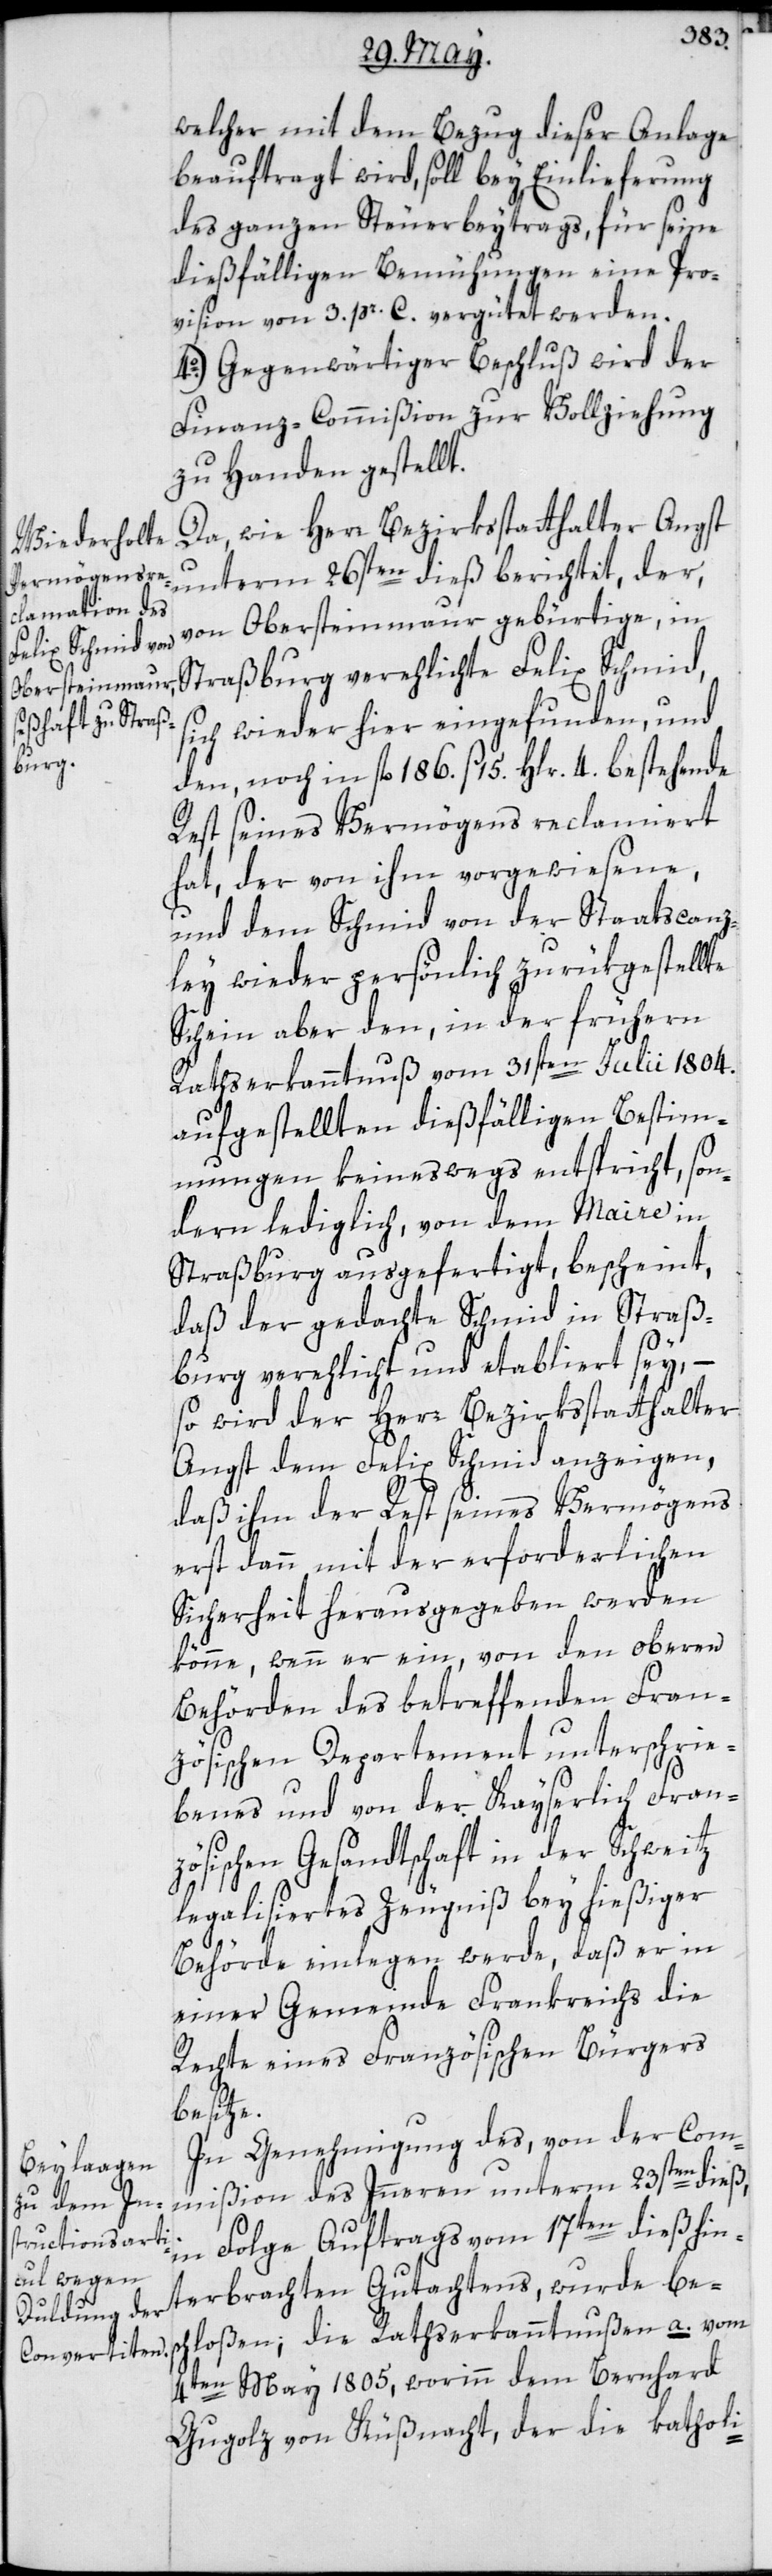
welcher mit dem Bezug dieser Anlage
beauftragt wird, soll bey Einlieferung
des ganzen Steuerbeytrags, für seine
dießfälligen Bemühungen eine Pro¬
vision von 3. pr. C. vergütet werden.
4o.) Gegenwärtiger Beschluß wird der
Finanz-Commißion zur Vollziehung
zu Handen gestellt.
Da, wie Herr Bezirksstatthalter Angst
unterm 26sten dieß berichtet, der,
von Obersteinmaur gebürtige, in
Straßburg verehelichte Felix Schmid,
sich wieder hier eingefunden, und
den, noch in fl. 186. ß 15. Hlr. 4. bestehende
Rest seines Vermögens reclamiert
hat, der von ihm vorgewiesene,
und dem Schmid von der Staatscanz¬
ley wieder persönlich zurükgestellte
Schein aber den, in der frühern
Rathserkanntnuß vom 31sten Julii 1804.
aufgestellten dießfälligen Bestimm¬
ungen keineswegs entspricht, son¬
dern lediglich von dem Maire in
Straßburg ausgefertigt, bescheint,
daß der gedachte Schmid in Straß¬
burg verehelicht und etabliert sey,
so wird der Herr Bezirksstatthalter
Angst dem Felix Schmid anzeigen,
daß ihm der Rest seines Vermögens
erst dann, mit der erforderlichen
Sicherheit herausgegeben werden
könne, wenn er ein, von den oberen
Behörden des betreffenden Fran¬
zösischen Departement unterschrie¬
benes und von der Kayserlich Fran¬
zösischen Gesandtschaft in der Schweitz
legalisiertes Zeugniß bey hießiger
Behörde einlegen werde, daß er in
einer Gemeinde Frankreichs die
Rechte eines Französischen Bürgers
besitze.
In Genehmigung des, von der Com¬
mißion des Innern unterm 23sten dieß,
in Folge Auftrags vom 17ten dieß hin¬
terbrachten Gutachtens, wurde bes¬
chloßen; die Rathserkanntnußen a.) vom
4ten May 1805, worinn dem Bernhard
Gugolz von Küßnacht, der die katholi-